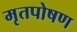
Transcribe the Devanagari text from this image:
मृतपोषण